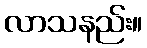
လာသနည်း။